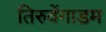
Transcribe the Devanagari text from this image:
तिरुवेंगाडम